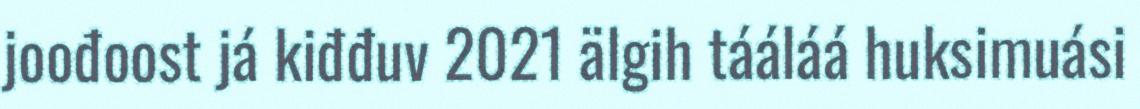
joođoost já kiđđuv 2021 älgih tááláá huksimuási